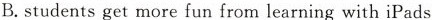
B.students get more fun from learning with iPads